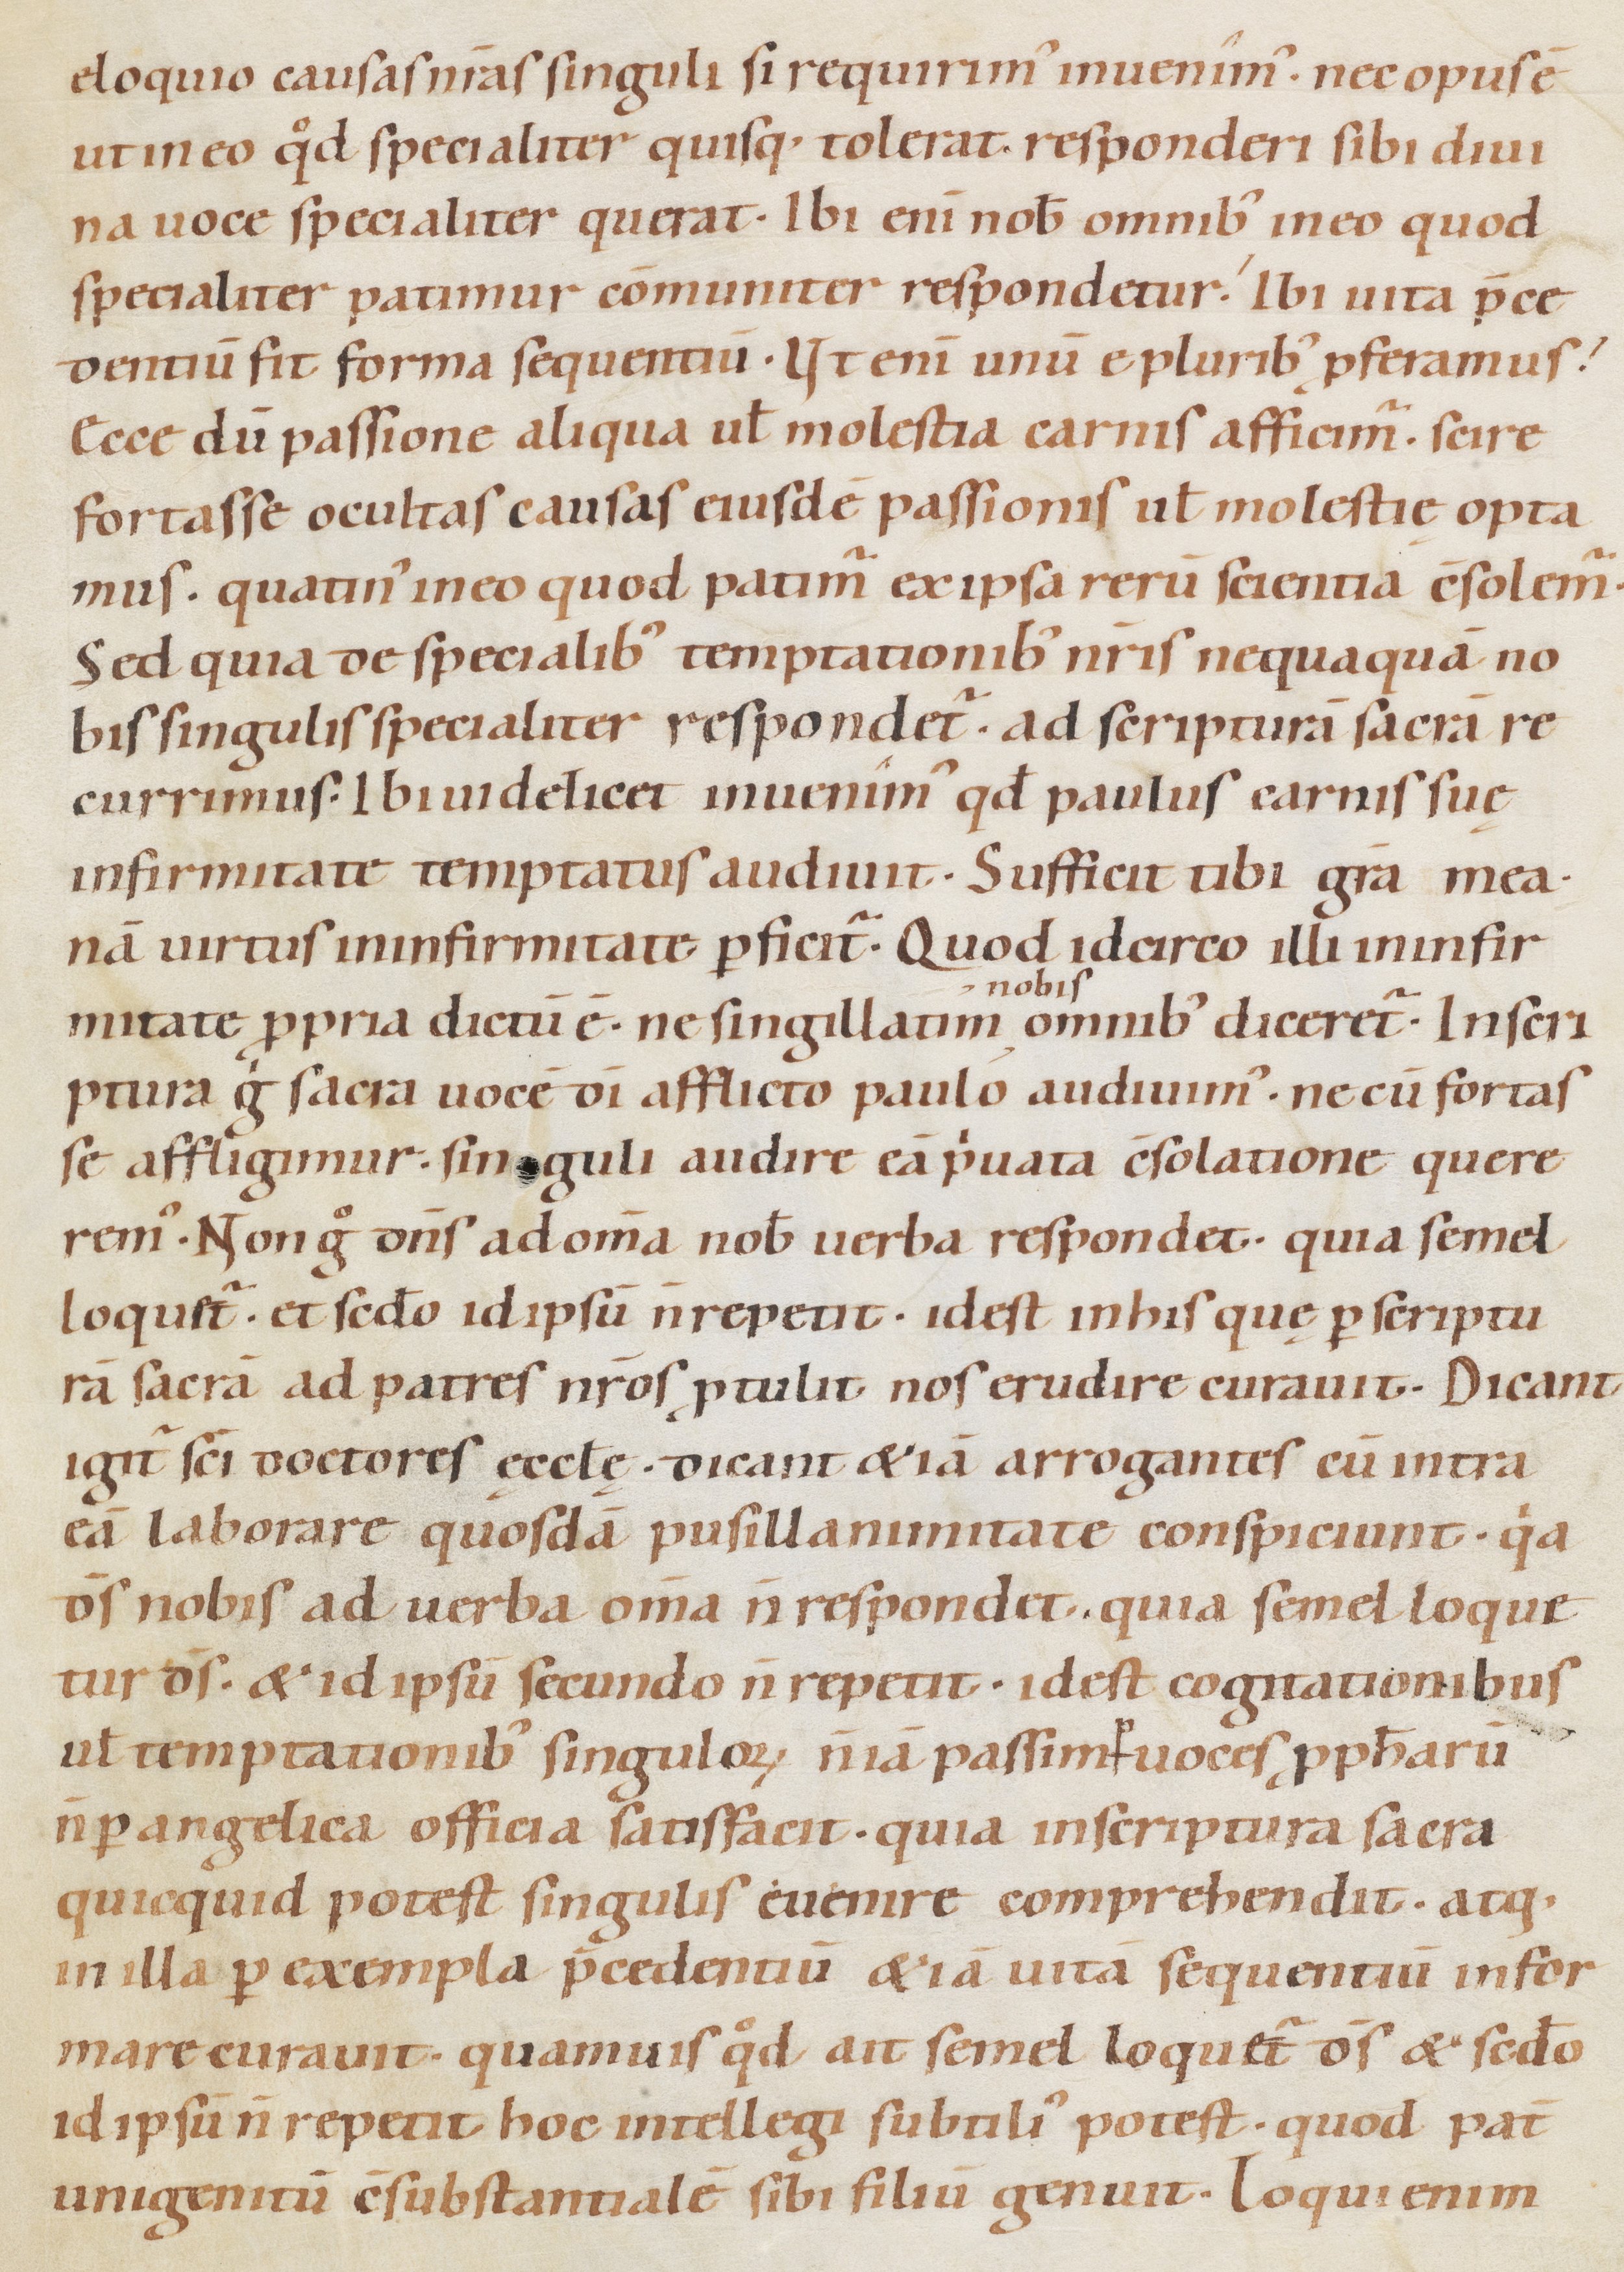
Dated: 1080–1096